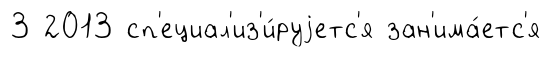
3 2013 сп'ециал'из'и́руjетс'я зан'има́етс'я